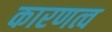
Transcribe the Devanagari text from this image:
कारणत्व